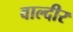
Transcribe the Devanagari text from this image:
वाल्दीर